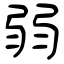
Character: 弱